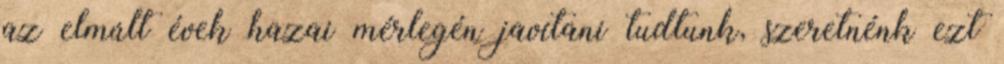
az elmúlt évek hazai mérlegén javítani tudtunk, szeretnénk ezt